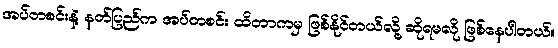
အပ်တစင်းနဲ့ နတ်ပြည်က အပ်တစင်း ထိတာကမှ ဖြစ်နိုင်တယ်လို့ ဆိုရမလို ဖြစ်နေပါတယ်။